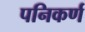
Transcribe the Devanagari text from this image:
पनिकर्ण